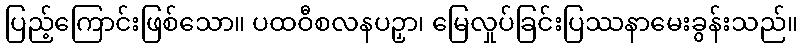
ပြည့်ကြောင်းဖြစ်သော။ ပထဝီစလနပဉှာ၊ မြေလှုပ်ခြင်းပြဿနာမေးခွန်းသည်။